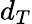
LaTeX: d_{T}